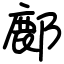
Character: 鄜